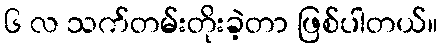
၆ လ သက်တမ်းတိုးခဲ့တာ ဖြစ်ပါတယ်။